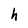
Character: h